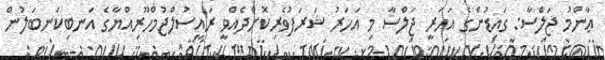
ޢާންމު ޖަލްސާ: ގައިޑުންގެ އަހަރީ ޖަލްސާ މި އަހަރު ޝަރަފުވެރިކޮށްދެއްވީ ރައީސުލްޖުމްހޫރިއްޔާގެ އަނބިކަނބަލުން